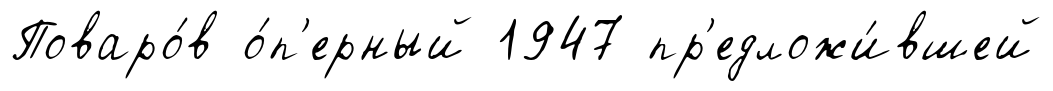
Поваро́в о́п'ерный 1947 пр'едложи́вшей